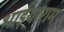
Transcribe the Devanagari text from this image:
भाईयाराम